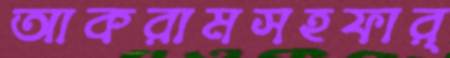
আকরামসহফার্